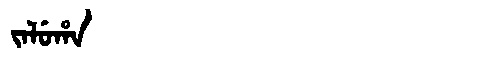
Manchu: ᠵᠠᠯᡠᡥᠠ
Romanization: JALUHA